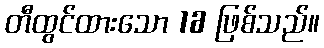
တီထွင်ထားသော 16 ဖြစ်သည်။